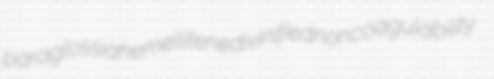
paraglossia hemellitene divinified noncoagulability